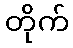
တိုက်